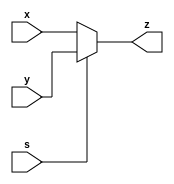
module mux16(input wire [15:0] x, y,
input wire s,
output wire [15:0] z);

assign z = s ? y : x; // s=1,z<-y; s=0,z<-x
endmodule